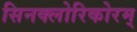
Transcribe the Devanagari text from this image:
सिनक्लोरिकोरम्